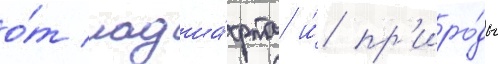
о́т ландша́фта и́ пр'иро́ды